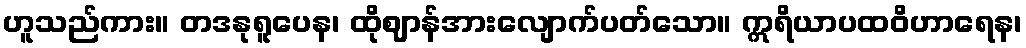
ဟူသည်ကား။ တဒနုရူပေန၊ ထိုဈာန်အားလျောက်ပတ်သော။ ဣရိယာပထဝိဟာရေန၊